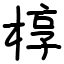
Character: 椁